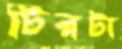
টিরটা